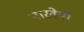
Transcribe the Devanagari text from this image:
नारवेयी